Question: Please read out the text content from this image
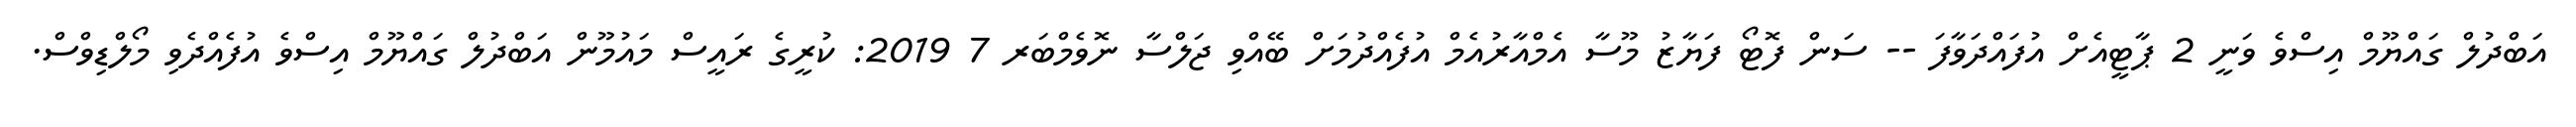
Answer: އަބްދުލް ގައްޔޫމް އިސްވެ ވަނީ 2 ޕާޓީއެށް އުފައްދަވާފަ -- ސަން ފޮޓޯ ފަޔާޒު މޫސާ އެމްއާރުއެމް އުފެއްދުމަށް ބޭއްވި ޖަލްސާ ނޮވެމްބަރ 7 2019: ކުރީގެ ރައީސް މައުމޫން އަބްދުލް ގައްޔޫމް އިސްވެ އުފެއްދެވި މޯލްޑިވްސް.